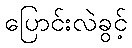
ပြောင်းလဲခွင့်